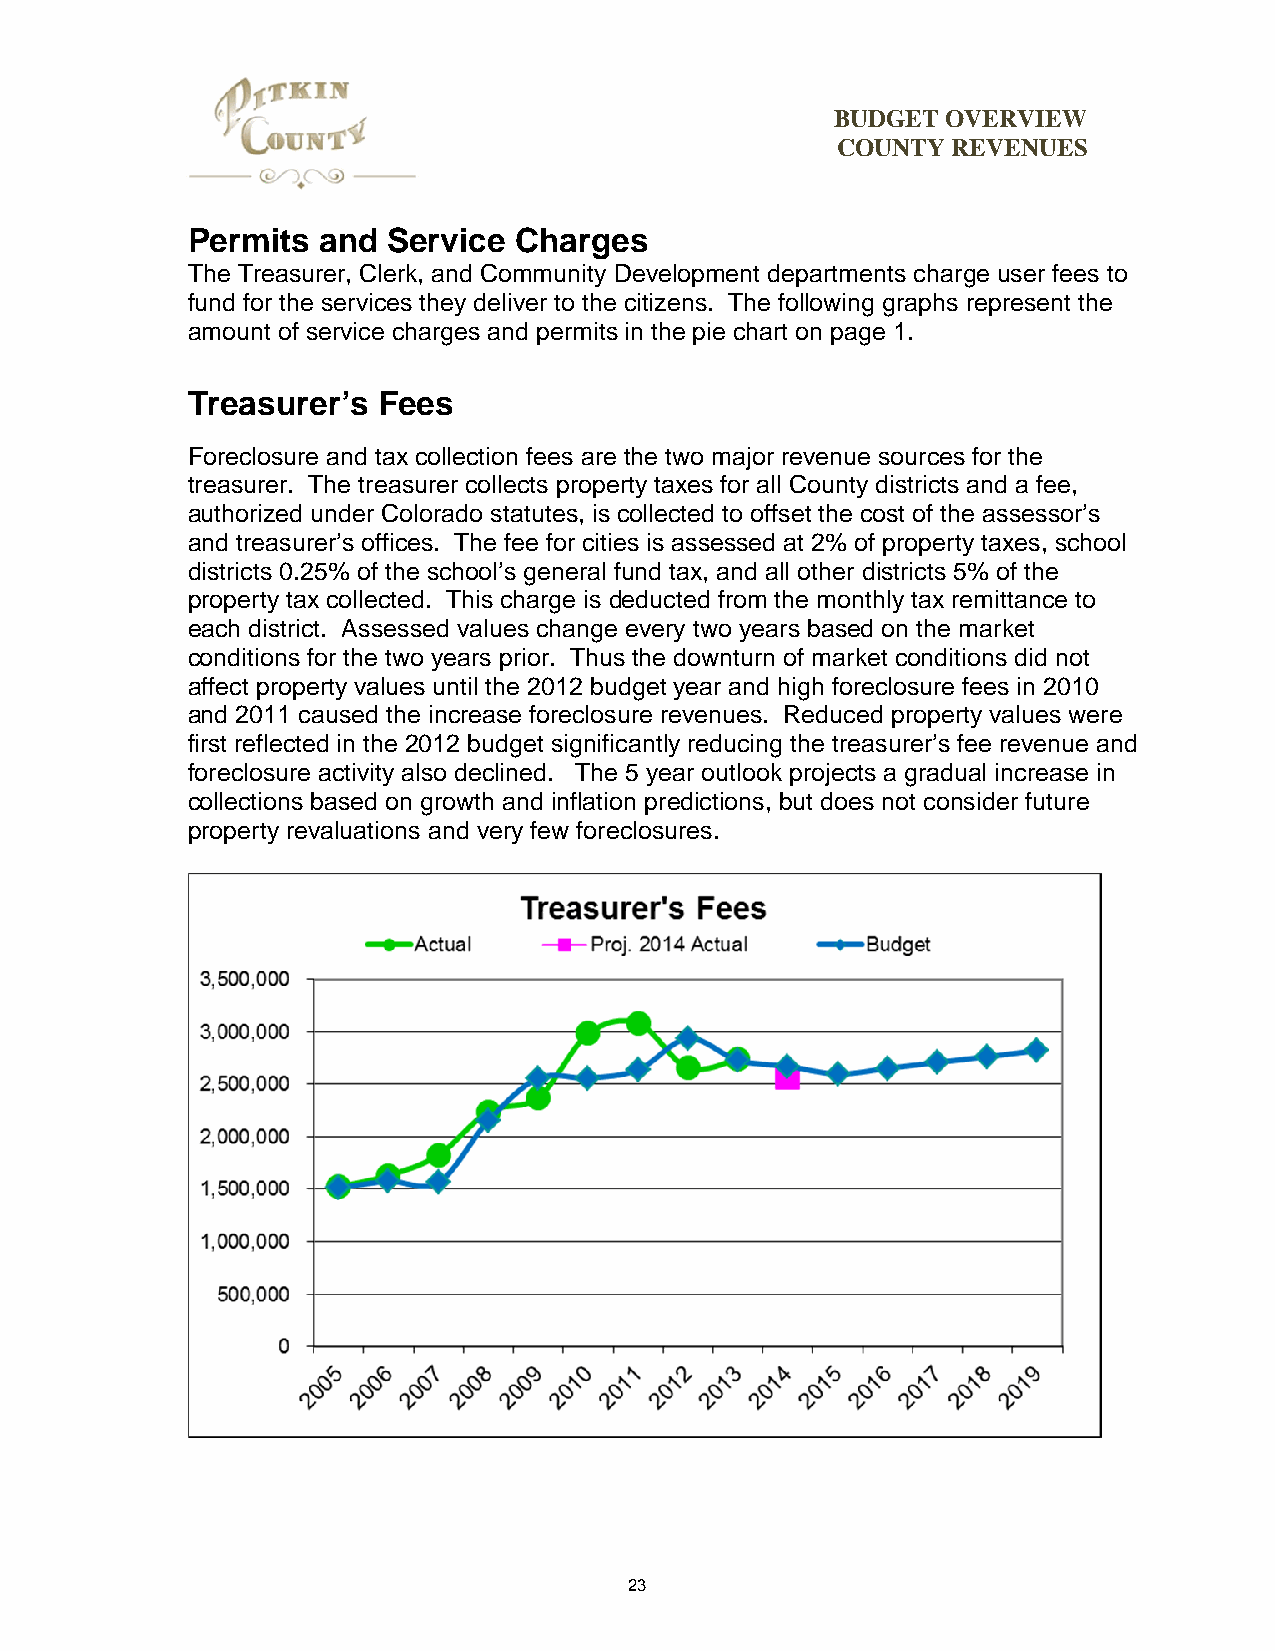
BUDGET  OVERVIEW
 COUNTY  REVENUES
 Permits  and  Service Charges
 The Treasurer, Clerk, and Community Development departments charge user fees to
 fund for the services they deliver to the citizens. The following graphs represent the
 amount of service charges and permits in the pie chart on page 1.
 Treasurer’s  Fees
 Foreclosure and tax collection fees are the two major revenue sources for the
 treasurer. The treasurer collects property taxes for all County districts and a fee,
 authorized under Colorado statutes, is collected to offset the cost of the assessor’s
 and treasurer’s offices. The fee for cities is assessed at 2% of property taxes, school
 districts 0.25% of the school’s general fund tax, and all other districts 5% of the
 property tax collected. This charge is deducted from the monthly tax remittance to
 each district. Assessed values change every two years based on the market
 conditions for the two years prior. Thus the downturn of market conditions did not
 affect property values until the 2012 budget year and high foreclosure fees in 2010
 and 2011 caused the increase foreclosure revenues. Reduced property values were
 first reflected in the 2012 budget significantly reducing the treasurer’s fee revenue and
 foreclosure activity also declined. The 5 year outlook projects a gradual increase in
 collections based on growth and inflation predictions, but does not consider future
 property revaluations and very few foreclosures.
 23